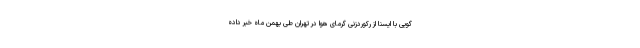
گویی با ایسنا از رکوردزنی گرمای هوا در تهران طی بهمن ماه خبر داده